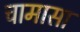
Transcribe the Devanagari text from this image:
चामासा